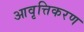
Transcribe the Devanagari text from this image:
आवृत्तिकरण